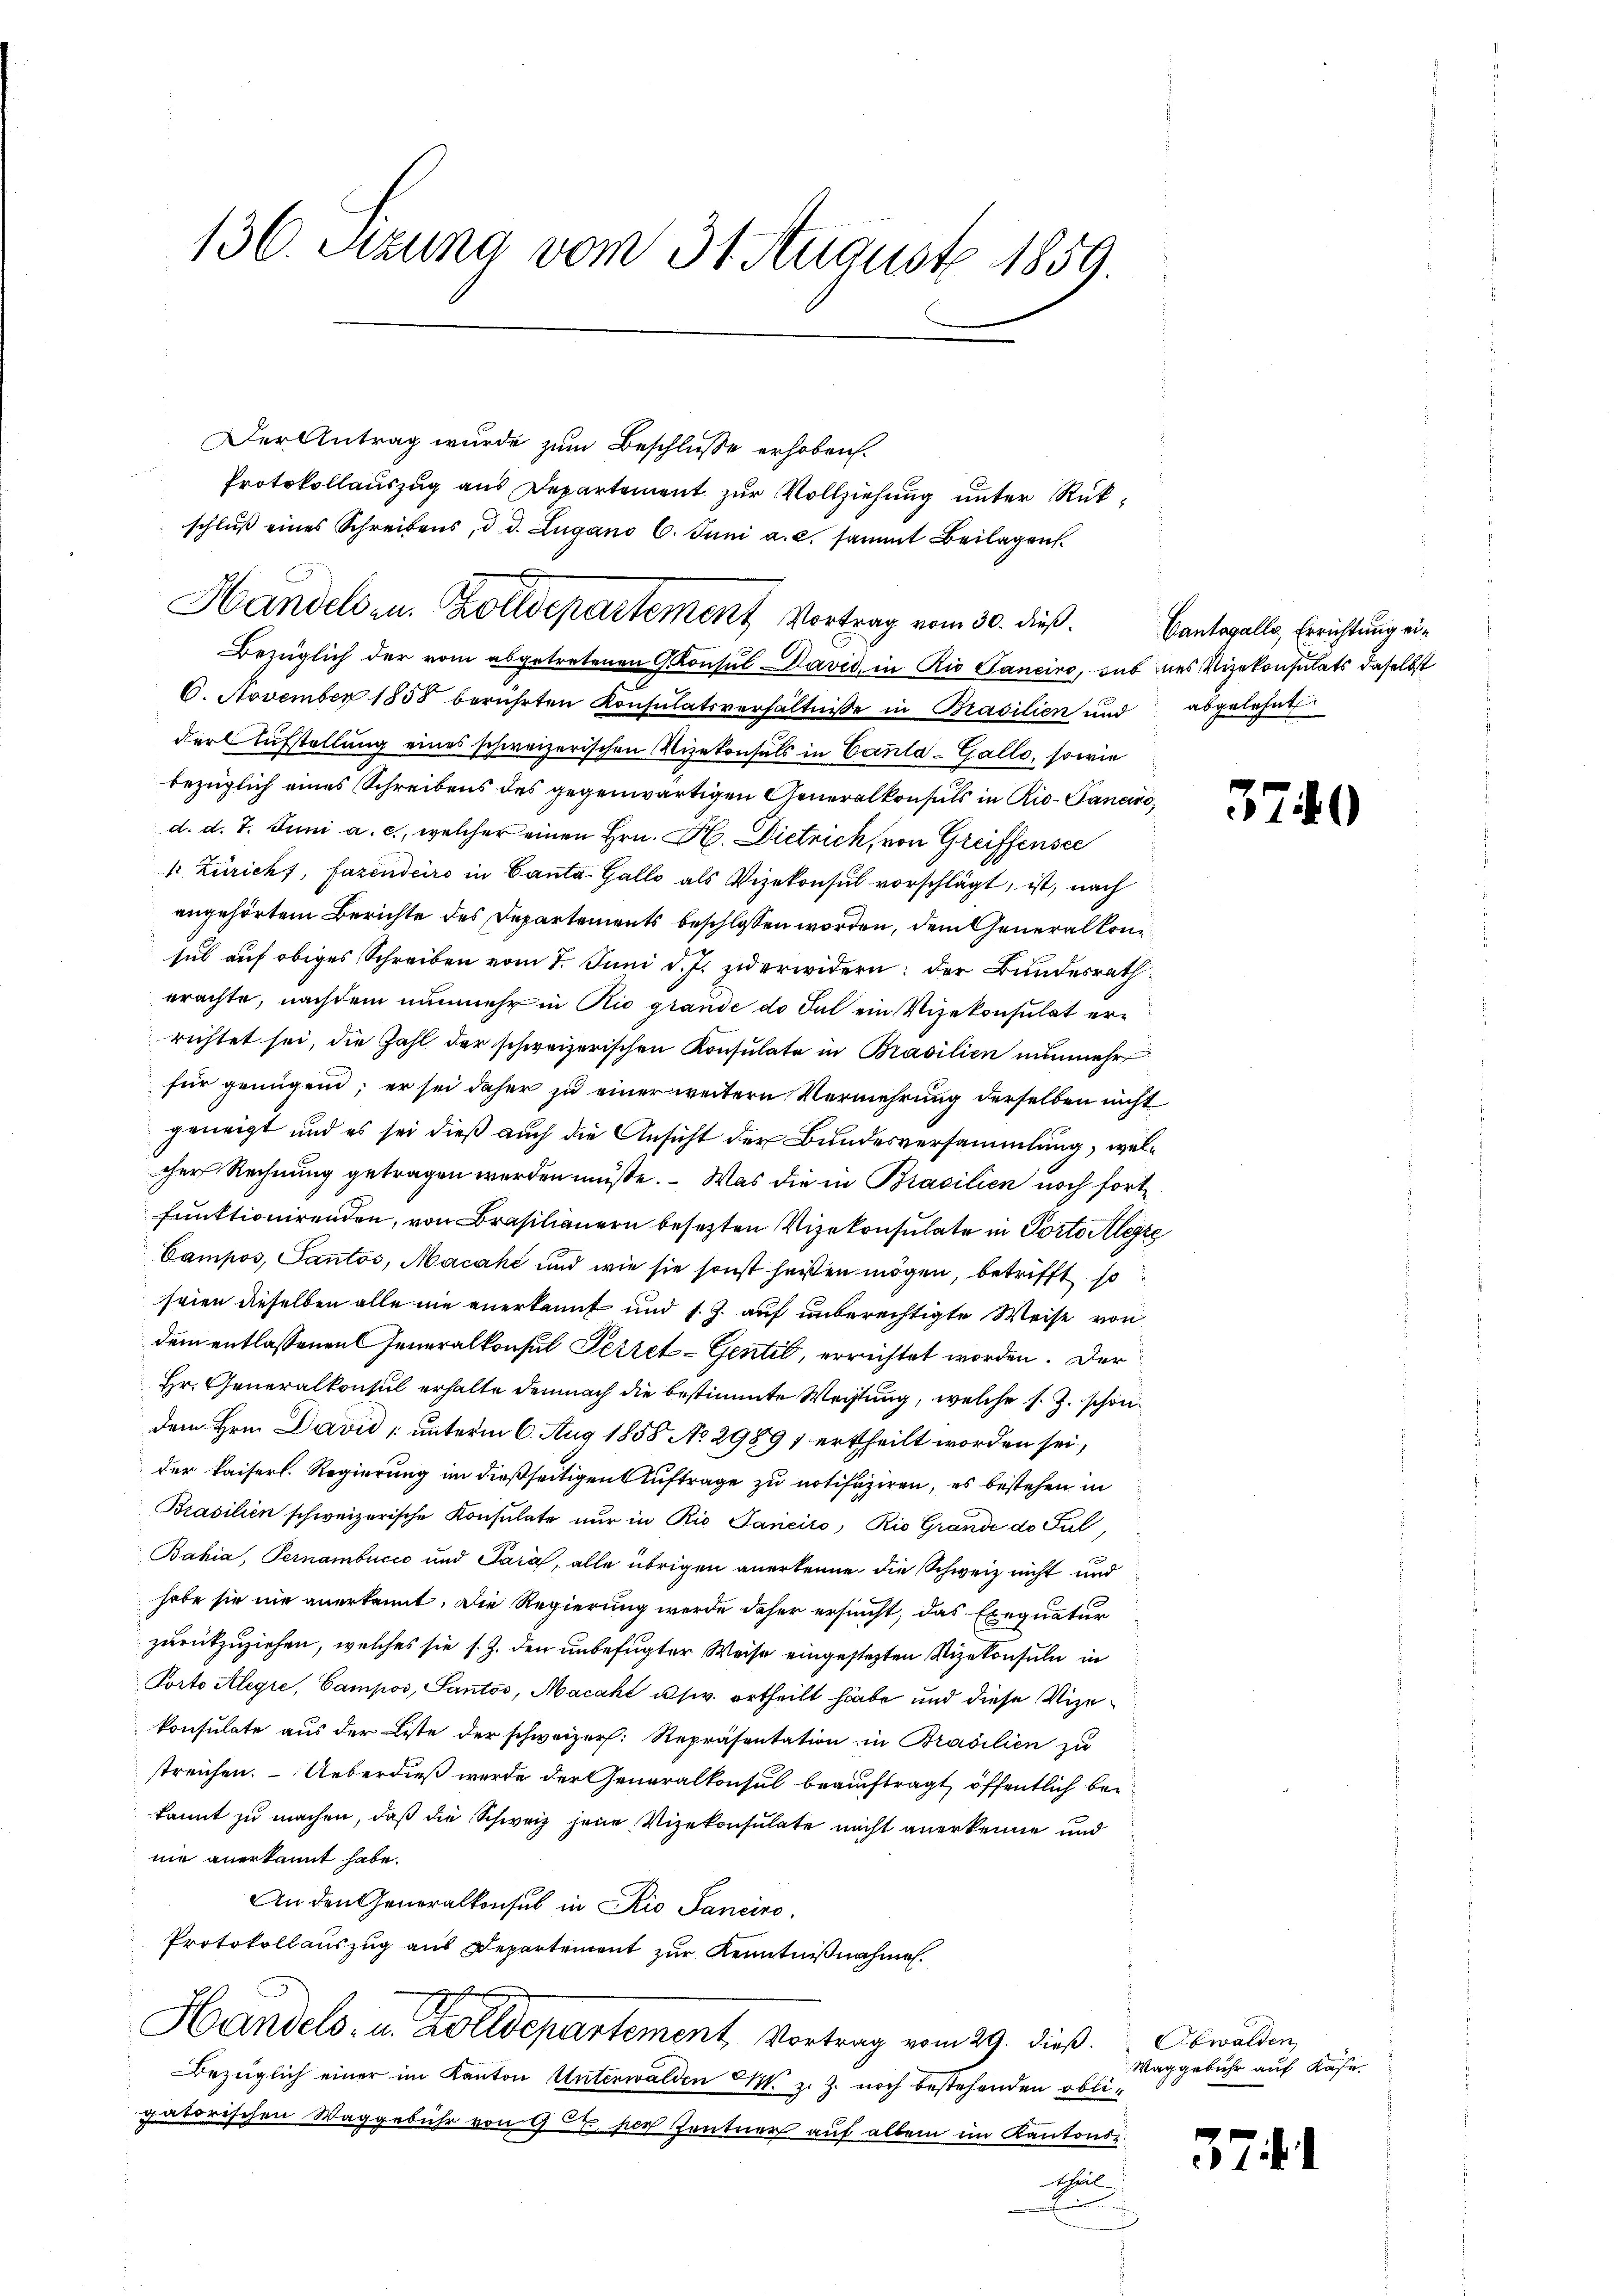
136. Stzung vom 31. August 1859.

Der Antrag wurde zum Beschlusse erhoben.
Protokollauszug aus Departement zur Vollziehung unter Rükschlŭβ eines Schreibens, d. d. Zugano 6. Juni a.c. sammt Beilagen.
Bezüglich der vom abgetretenen Consul David, in Rio Sanciro, sub des Vizekonsulats daselbst
6. November 1858 berührten Konsulatsverhältnisse in Brasilien und abgelehnt
der Aufstellung eines schweizerischen Vizekonsuls in Canta - Gallo, sowie
bezüglich eines Schreibens des gegenwärtigen Generalkonsuls in Rio-Ganciro,
d. d. 7. Juni a. c., welcher einen Hrn. H. Dietrich, von Greiffensee
k Züricht, Fazendeiro in Canta Galle als Vizekonsul vorschlägt, ist, nach
angehörtem Berichte des Departements beschlossen worden, dem Generalkonsul auf obiges Schreiben vom 1. Juni d. J. zu erwidern: der Bundesrath
erachte, nachdem nunmehr in Rio grande do dal ein Vizekonsulat errichtet sei, die Zahl der schweizerischen Konsulate in Brasilien nunmehr
für genügend; er sei daher zu einer weitern Vermehrung derselben nicht
geneigt und es sei dieß auch die Ansicht der Bundesversammlung, welcher Rechnung getragen werden müßte. - Was die in Brasilien noch fortfunktionirenden, von Brasilien besezten Vizekonsulate in Porto Aleyze
Campos, Pantos, Macahé und wie sie sonst heißen mögen, betrifft so
seien dieselben alle nie anerkannt und s. Z. auf unberechtigte Weise von
dem entlassenen Generalkonsul Secret-Gentil, errichtet worden. Der
Hr. Generalkonsul erhalte demnach die bestimmte Weistung, welche s. Z. schöndem Hrn. David , unterm 6. Aug 1858 No 29891 ertheilt worden sei,
der kaiserl. Regierung im dießseitigen Auftrage zu notifiziren, es bestehen in
Brasilien schweizerische Konsulate nur in Rio Janeiro, Rio Grande de Ful
Bahia, Pernambucić und Para, alle übrigen anerkenne die Schweiz nicht und
habe sie nie anerkannt. Die Regierung werde daher ersucht, das Exequatur
zurückzuziehen, welches sie s. Z. den unbefugter Weise eingestehten Vizekonsuln in
Porto Alegii, Campos, Santos, Macakt usw. ertheilt habe und diese Vizekonsulate aus der Liste der schweizer: Repräsentation in Brasilien zu
streichen. Ueberdieß wurde der Generalkonsul beauftragt, öffentlich bei
kannt zu machen, daß die Schweiz jene Vizekonsulate nicht anerkenne und
nie anerkannt habe.
An den Generalkonsul in Rio Sanciro.
Protokollauszug aus Departement zur Kenntnißnahmen.
.
Handels- u. Zolldepartement Vortrag vom 29. dieß. Obwalden,
Bezüglich einer im Kanton Unterwalden M. z. Z. noch bestehenden obligatorischen Waggebühr von 922, per Zentner auf allem im Kantons
chul

Handelsen. Zolldepartement Vortrag vom 30. dieß.

Cantasalle Errichtung ei¬

Waggebühr auf Kose

571

3740